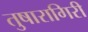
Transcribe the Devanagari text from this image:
तुषारागिरी